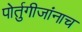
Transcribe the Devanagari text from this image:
पोर्तुगीजांनाच